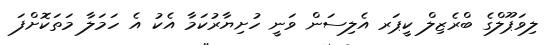
ލިވަޕޫލްގެ ބްރެޒިލް ކީޕަރ އެލިސަން ވަނީ ހުށިޔާރުކަމާ އެކު އެ ހަމަލާ މަތަކޮށްފަ